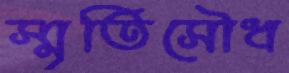
স্মৃতিসৌধ